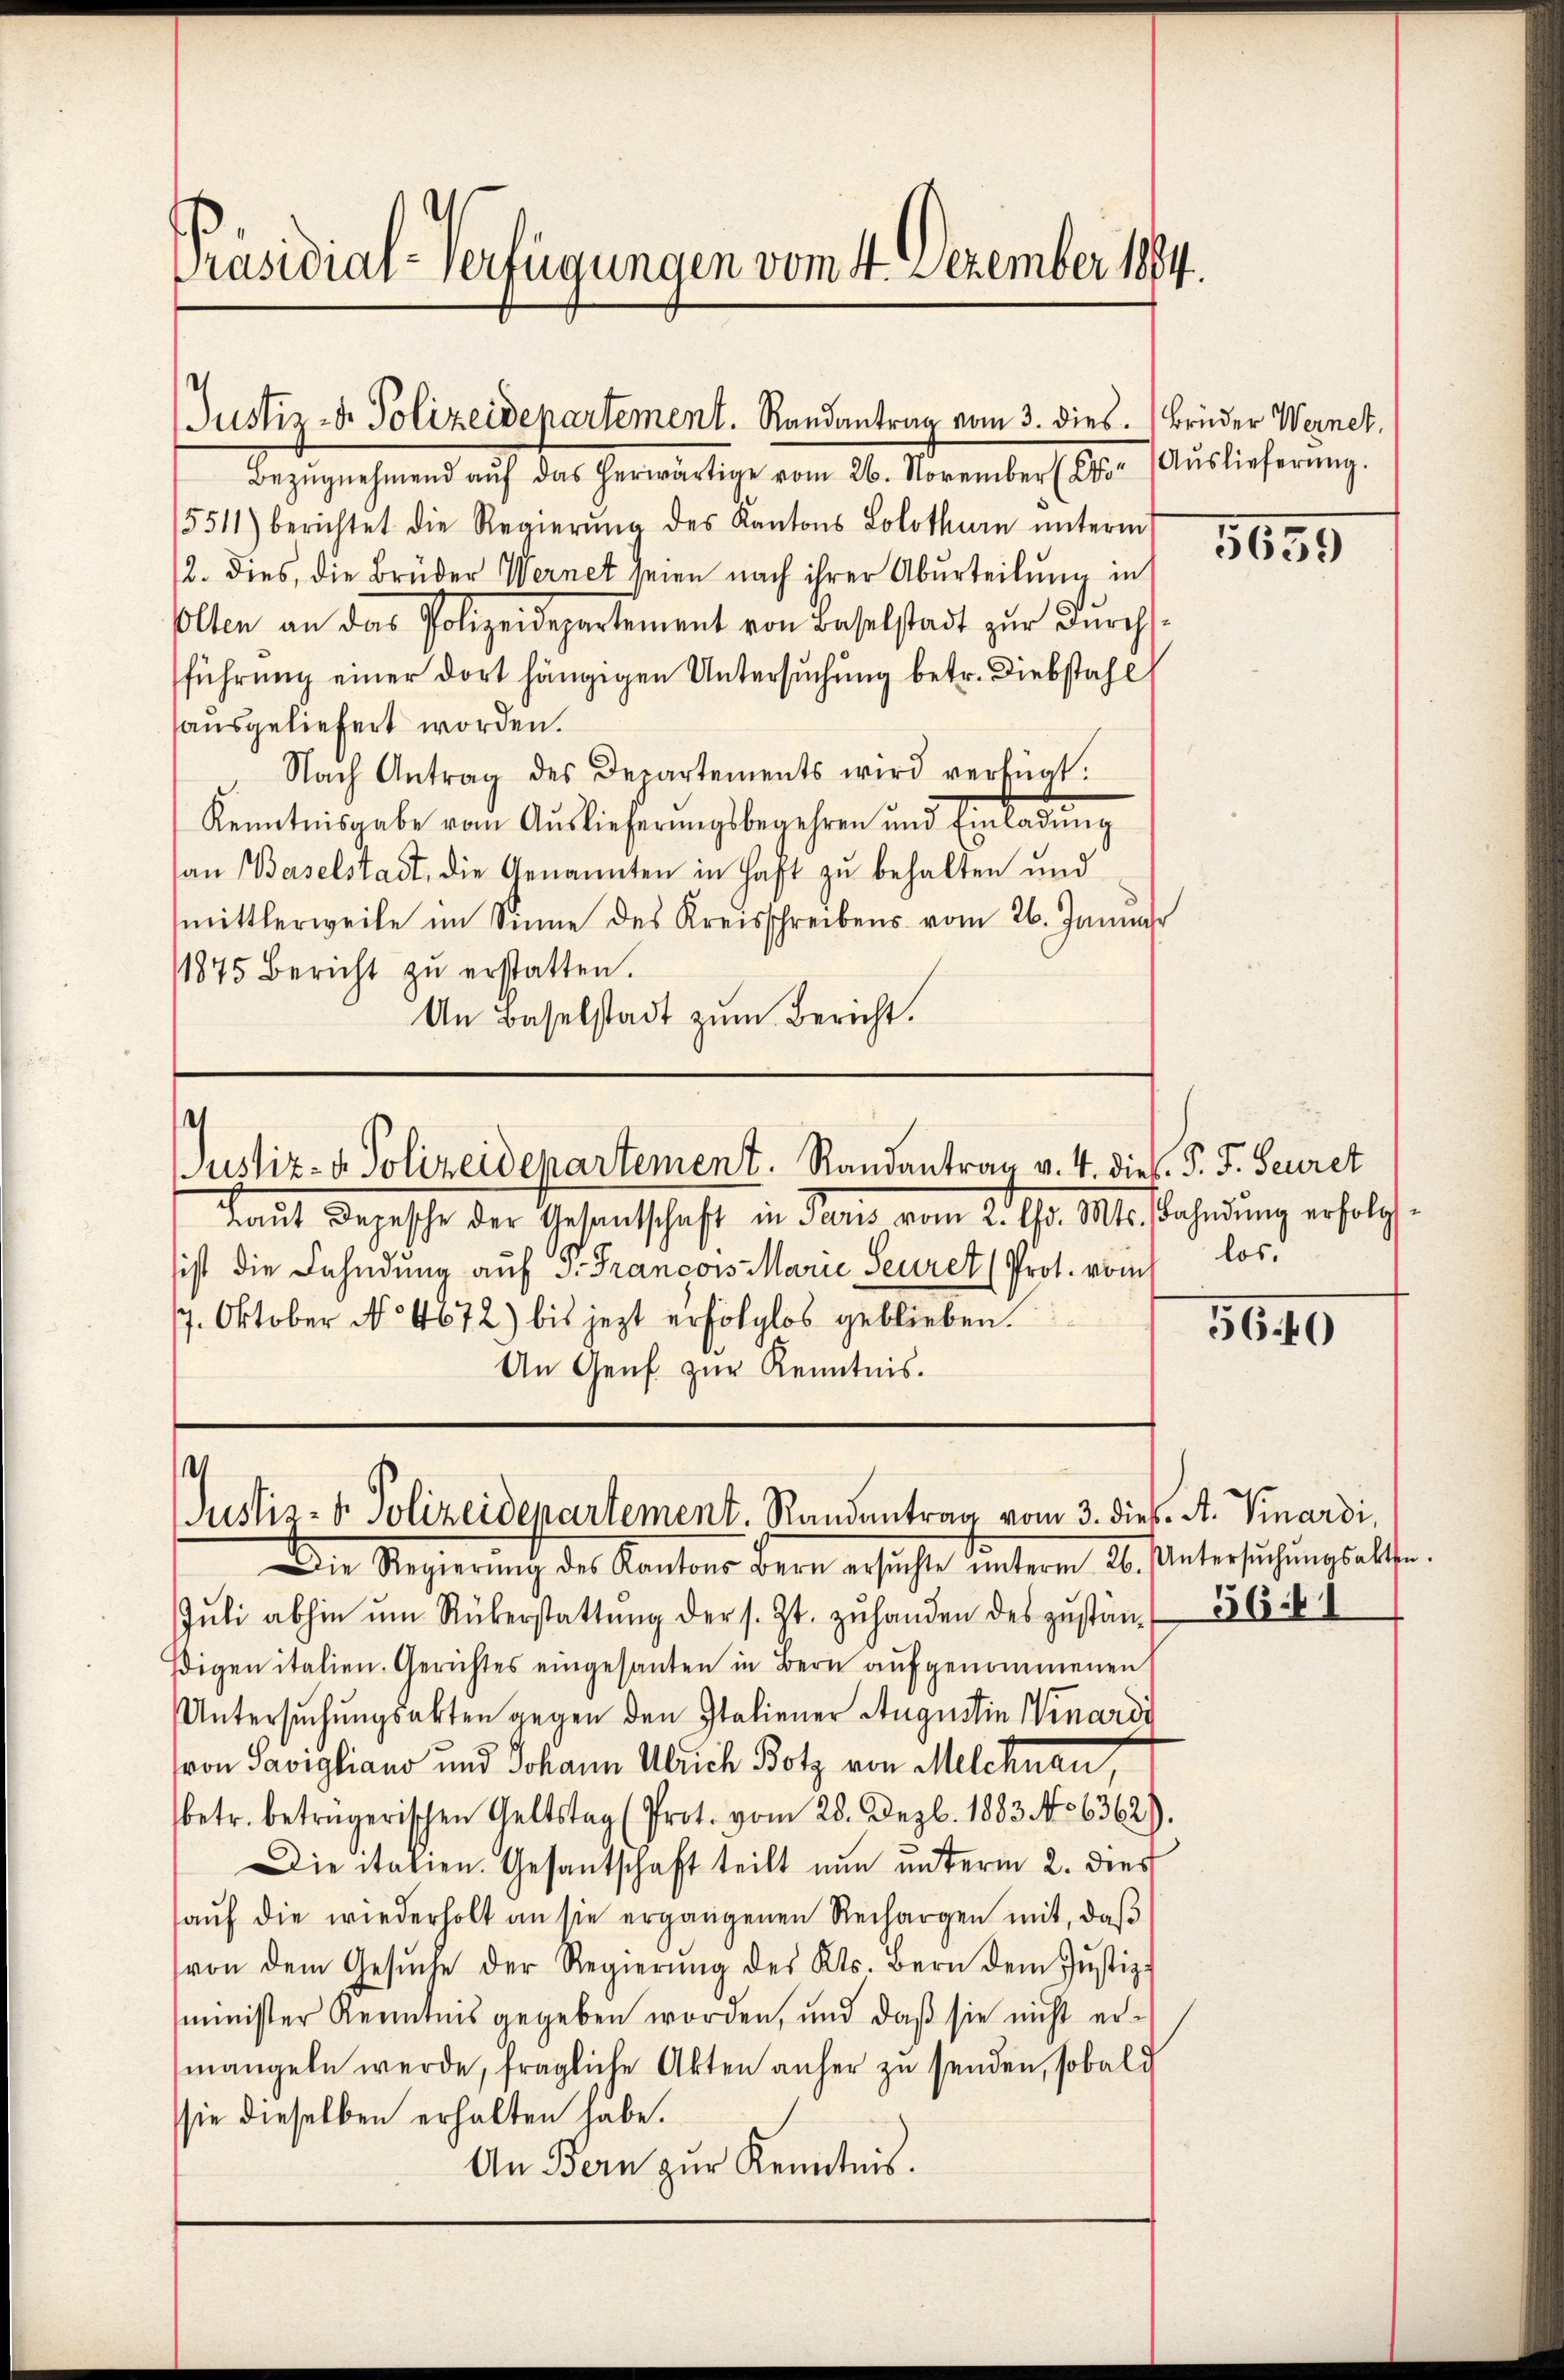
Präsidial-Verfügungen vom 4. Dezember 1884.

Justiz- & Polizeidepartement. Randantrag vom 3. dies

¬
Justiz- & Polizeidepartement. Randantrag v. 4. dies. P. F. Secret

Justiz- u. Polizeidepartement. Randantrag vom 3. dies. A. Kinardi,

Bezŭgnehmend aŭf das herwärtige vom 26. November (Ct. (Auslieferŭng.
5511) berichtet die Regierŭng des Kantons Solothurn ŭnterm
2. dies, die Brüder Wernet seien nach ihrer Abŭrteilŭng in
Olten an das Polizeidepartement von Baselstadt zŭr dŭrch-
führŭng einer dort hängigen Untersuchung betr. Diebstahl
sausgeliefert worden.
Nach Antrag des Departements wird verfügt:
Kenntnisgabe vom Auslieferŭngsbegehren und Einladŭng
an Baselstadt, die Genannten in Haft zu behalten und
mittlerweile im Sinne des Kreisschreibens vom 26. Januar
1875 Bericht zŭ erstatten.
An Baselstadt zum Bericht.

Brüder Wernet.

Laut Depesche der Gesandtschaft in Paris vom 2. Thr. Mts. Bahndung erfolgist die Fahndung auf P. François Marie Seurer (Prot. vom
7. Oktober No 4672) bis jezt erfolglos geblieben.
An Genf zur Kenntnis.

Die Regierung des Kantons Bern ersichte unterm 26. Untersuchung selte.
Jŭli abhin ŭm Rükerstattŭng der s. Zt. zŭ handen des zŭstän-
Eigen italien. Gerichtes eingesanten in Bern aufgenommenen
Untersuchungsakten gegen den Italiener Augustin Winardi
von Savigliano und Johann Ulrich Botz von Melchnau,
betr. beträgerischen Geltstag (Prot. vom 28. Dez. 1883 No 6362).
Die italien. Gesantschaft teilt nun unterm 2. dies
aŭf die wiederholt an sie ergangenen Rechargen mit, daβ
von dem Gesŭche der Regierŭng des Kts. Bern dem Jŭstiz-
minister Kenntnis gegeben worden, und daß sie nicht ermangeln werde, fragliche Akten anher zu senden, sobald
sie dieselben erhalten habe.
An Bern zur Kenntnis.

5655

los.

56.40

564